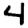
Digit: 4